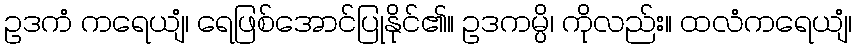
ဥဒကံ ကရေယျံ၊ ရေဖြစ်အောင်ပြုနိုင်၏။ ဥဒကမ္ပိ၊ ကိုလည်း။ ထလံကရေယျံ၊